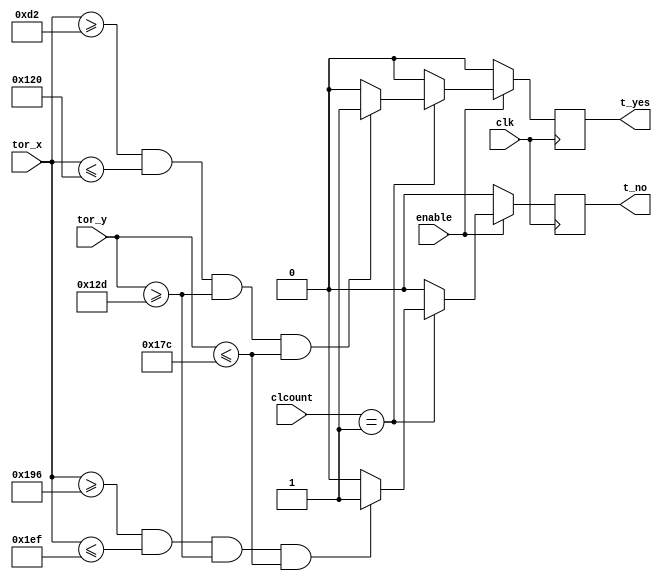
module TOUCH_YES_NO(
	input wire clk,
//	input wire reset,
	input wire [1:0]clcount,	
	input wire enable,
	input wire [9:0]tor_x,
	input wire [8:0]tor_y,
	
	output reg t_yes,
	output reg t_no	
	);
	
parameter[9:0] x1 = 11'd210;
parameter[9:0] x2 = 11'd288;
parameter[8:0] y1 = 11'd301;
parameter[8:0] y2 = 11'd380;

parameter[9:0] x3 = 11'd406;
parameter[9:0] x4 = 11'd495;


always @ (posedge clk)
	begin
	if (enable == 1)
	begin
		if (clcount == 1)
		begin
			if ((tor_x[9:0]>=x1[9:0])&&(tor_x[9:0]<=x2)&&(tor_y[8:0]>=y1)&&(tor_y[8:0]<=y2))
				begin
					t_yes = 1;
				end
				else
					t_yes = 0;
			if ((tor_x[9:0]>=x3[9:0])&&(tor_x[9:0]<=x4)&&(tor_y[8:0]>=y1)&&(tor_y[8:0]<=y2))
				begin
					t_no = 1;
				end
				else
					t_no = 0;		
		end
		else
		begin
			t_yes = 0;
			t_no = 0;	
		end
	end
	else
	begin
		t_yes = 0;
		t_no = 0;		
	end
	end
endmodule